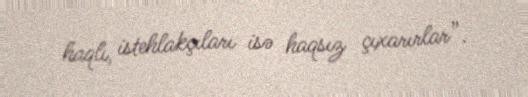
haqlı, istehlakçıları isə haqsız çıxarırlar”.